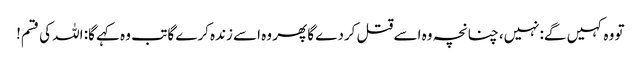
تو وہ کہیں گے:نہیں، چنانچہ وہ اسے قتل کردے گا پھر وہ اسے زندہ کرے گا تب وہ کہے گا: اللہ کی قسم!